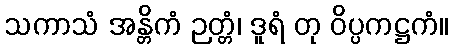
သကာသံ အန္တိကံ ဉတ္တံ၊ ဒူရံ တု ဝိပ္ပကဋ္ဌကံ။